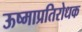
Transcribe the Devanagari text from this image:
ऊष्माप्रतिरोधक